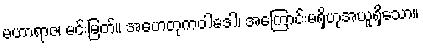
မဟာရာဇ၊ မင်းမြတ်။ အဟေတုကဝါဒေါ၊ အကြောင်းမရှိဟုအယူရှိသော။